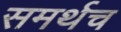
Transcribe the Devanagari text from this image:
समर्थच